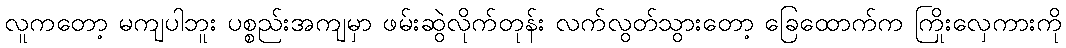
လူကတော့ မကျပါဘူး ပစ္စည်းအကျမှာ ဖမ်းဆွဲလိုက်တုန်း လက်လွတ်သွားတော့ ခြေထောက်က ကြိုးလှေကားကို